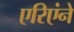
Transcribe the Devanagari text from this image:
एरिएंने